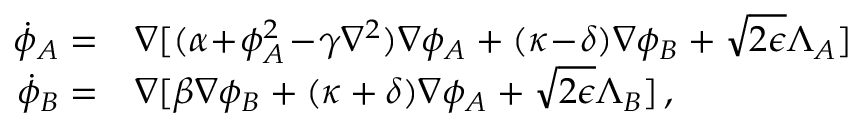
\begin{array} { r l } { \! \dot { \phi } _ { A } = } & { \nabla [ ( \alpha \! + \! \phi _ { A } ^ { 2 } \! - \! \gamma \nabla ^ { 2 } ) \nabla \phi _ { A } + ( \kappa \! - \! \delta ) \nabla \phi _ { B } + \sqrt { 2 \epsilon } \Lambda _ { A } ] } \\ { \! \dot { \phi } _ { B } = } & { \nabla [ \beta \nabla \phi _ { B } + ( \kappa + \delta ) \nabla \phi _ { A } + \sqrt { 2 \epsilon } \Lambda _ { B } ] \, , } \end{array}